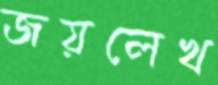
জয়লেখ